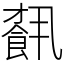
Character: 𩛥